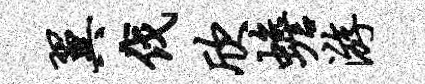
翼伐欣蟾游